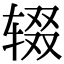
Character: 辍